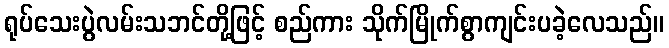
ရုပ်သေးပွဲလမ်းသဘင်တို့ဖြင့် စည်ကား သိုက်မြိုက်စွာကျင်းပခဲ့လေသည်။